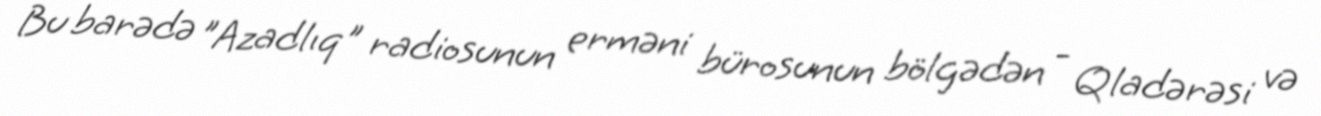
Bu barədə "Azadlıq" radiosunun erməni bürosunun bölgədən - Qladərəsi və